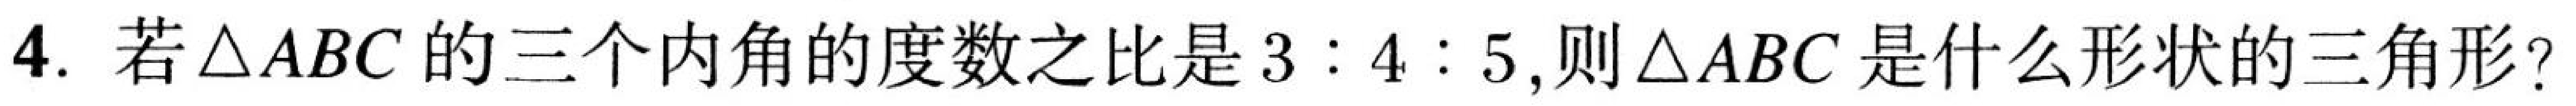
4. 若$\triangle ABC$的三个内角的度数之比是$3:4:5$,则$\triangle ABC$是什么形状的三角形?